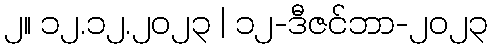
၂။ ၁၂.၁၂.၂၀၂၃ | ၁၂-ဒီဇင်ဘာ-၂၀၂၃